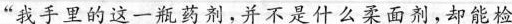
”我手的这一瓶药剂，并不是什么柔面剂，却能检